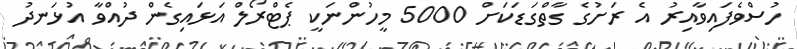
ހުސްވެފައިވާއިރު އެ ރަށުގެ ގާތްގަޑަކަށް 5000 މީހުންނަކީ ޕެޓްރޯލް އަޅައިގެން ދުއްވާ އުޅަނދު